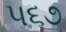
૫૬૭